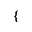
\{